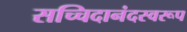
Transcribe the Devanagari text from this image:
सच्चिदानंदस्वरूप